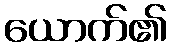
ယောက်၏